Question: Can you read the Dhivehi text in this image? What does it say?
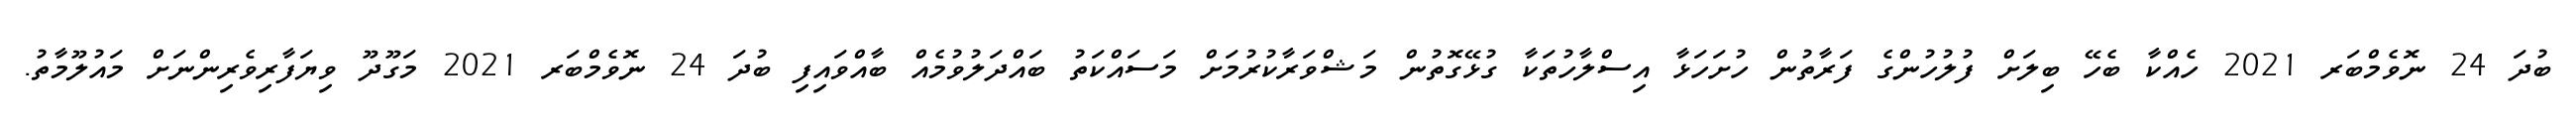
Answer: ބުދަ 24 ނޮވެމްބަރ 2021 ހެއްކާ ބެހޭ ބިލަށް ފުލުހުންގެ ފަރާތުން ހުށަހަޅާ އިސްލާހުތަކާ ގުޅޭގޮތުން މަޝްވަރާކުރުމަށް މަސައްކަތު ބައްދަލުވުމެއް ބާއްވައިފި ބުދަ 24 ނޮވެމްބަރ 2021 މަގޫދޫ ވިޔަފާރިވެރިންނަށް މައުލޫމާތު.